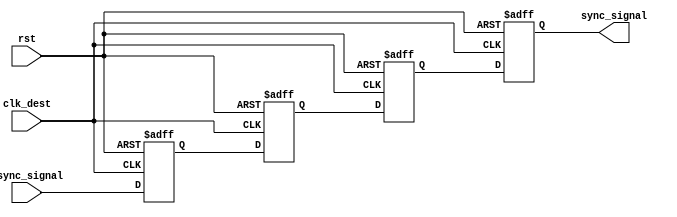
module triple_ff_synchronizer (
    input  wire clk_dest,           // Clock for the destination domain
    input  wire async_signal,       // Asynchronous input signal to synchronize
    input  wire rst,                // Asynchronous reset signal
    output reg  sync_signal         // Synchronized output signal
);

    // Internal flip-flop signals
    reg ff1, ff2, ff3;

    // Flip-Flop 1
    always @(posedge clk_dest or posedge rst) begin
        if (rst) begin
            ff1 <= 1'b0;  // Reset to known state
        end else begin
            ff1 <= async_signal;  // Capture async_signal
        end
    end

    // Flip-Flop 2
    always @(posedge clk_dest or posedge rst) begin
        if (rst) begin
            ff2 <= 1'b0;  // Reset to known state
        end else begin
            ff2 <= ff1;  // Capture the output of FF1
        end
    end

    // Flip-Flop 3
    always @(posedge clk_dest or posedge rst) begin
        if (rst) begin
            ff3 <= 1'b0;  // Reset to known state
        end else begin
            ff3 <= ff2;  // Capture the output of FF2
        end
    end

    // Final synchronized output signal
    always @(posedge clk_dest or posedge rst) begin
        if (rst) begin
            sync_signal <= 1'b0;  // Reset to known state
        end else begin
            sync_signal <= ff3;  // Provide the synchronized output
        end
    end

endmodule